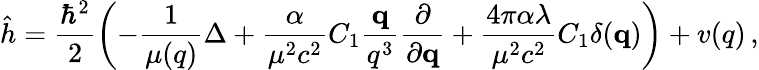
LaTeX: \hat{h}=\frac{\hbar^{2}}{2}\left(-\frac{1}{\mu(q)}\Delta+\frac{\alpha}{\mu^{2}c^{2}}C_{1}\frac{{\mathbf q}}{q^{3}}\frac{\partial}{\partial{\mathbf q}}+\frac{4\pi\alpha\lambda}{\mu^{2}c^{2}}C_{1}\delta({\mathbf q})\right)+v(q)\, ,